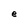
Character: e